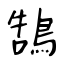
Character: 鵠